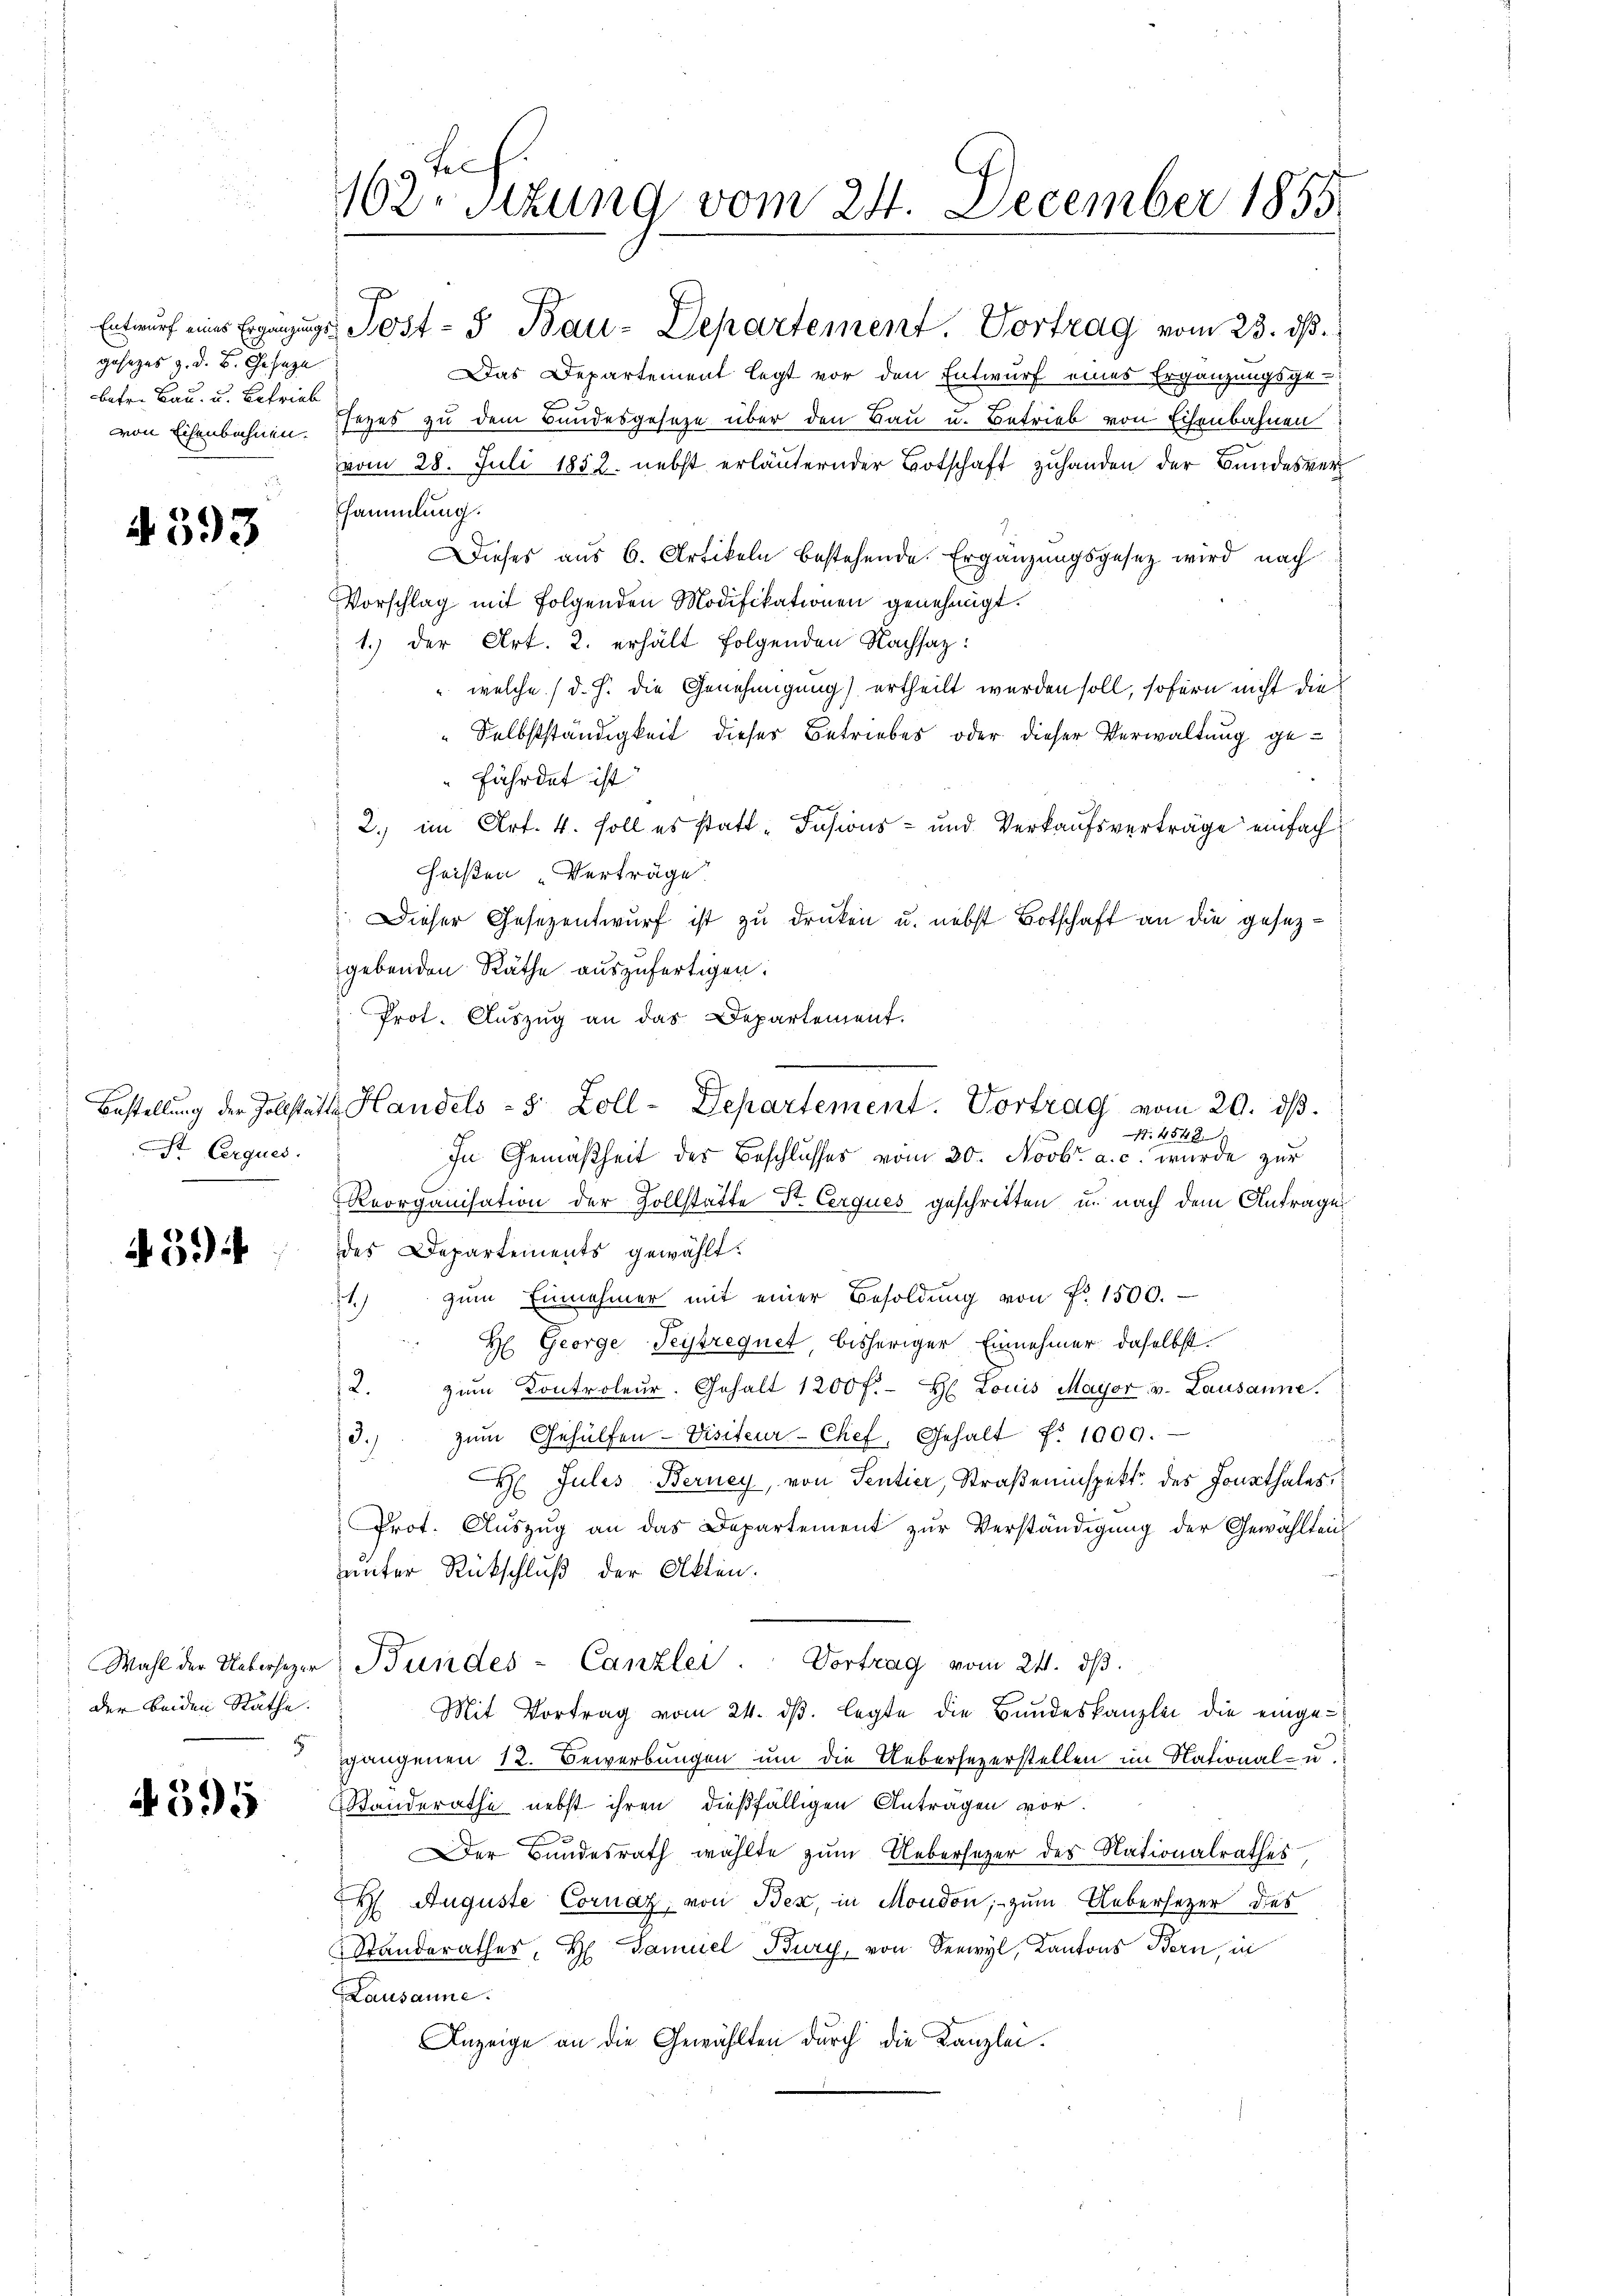
.
gesezes z. d. B. Geseze
betr. Bau- u. Betrieb

4393

St. Cerques.

4594

der beiden Rathe.

595

Esammlung.
Dieses aus 6. Artikeln bestehende Ergänzungsgesez wird nach
Vorschlag mit folgenden Modifikationen genehmigt.
1.) Der Art. 2. erhält folgenden Nachsaz:
 welche (d. h. die Genehmigung ertheilt werden soll, sofern nicht die
" Selbstständigkeit dieser Betriebes oder dieser Verwaltung gefährdet ist
2. im Art. 4. soll es statt-Dasions- und Verkaufsverträge einfach
heißen Verträge
Dieser Gesezentwurf ist zu drucken u. nebst Botschaft an die gesezgebenden Räthe auszufertigen.
Prot. Auszug an das Departement.
1.4548.
In Gemäßheit des Beschlusses vom 20. Novbr. a. c. wurde zur
Reorganisation der Zollstätte Str. Cerques geschritten u. nach dem Antrages
des Departements gewählt.
1) zŭm Einnahmer mit einer Besoldŭng von Fr. 1500.
H George Seytrequet bisheriger Einnehmer daselbst.
2. zŭm Kontroleur. Gehalt 1200 f. H. Louis Mayor v. Lausanne.
d.) zŭm Gehülfen-Visiteur-Chef, Gehalt Nr. 1000.
H Julis Berney, von Sentier, Straßeninspekt des Jonathales
Prot. Aŭszŭg an das Departement zur Verständigung der Gewähltenunter Rückschluß der Akten.
Wahl der Uebersezer: Bundes-Canzlei. Vortrag vom 24. ds.
Mit Vortrag vom 24. dβ. legte die Bundeskanzlei die einge-
gangenen 12. Bewerbungen um die Uebersezerstellen im National- u.
Standerathe nebst ihren dießfälligen Anträgen vor.
Der Bundesrath wählte zum Uebersezer des Nationalrathes,
H. Auguste Cornaz, von Bex, in Moudon, zum Uebersezer des
Standerather, H. Samuel Bury, von Serwyl, Kantons Bern, in
 Lausanne.
Anzeige an die Gewählten durch die Kanzlei.

Fel
162. Stzung vom 24. December 1855

Bestellung der Zollstätte Handels- 8 Zoll-Departement. Vortrag vom 20. ds.

Entwurf eines Ergänzung Post- u Bau-Departement. Vortrag vom 23. ds.
Das Departement legt vor den Entwurf eines Ergänzungsge-
von Eisenbahnen. Isizes zu dem Bundesgeseze über den Bau u. Betrieb von Eisenbahnen
vom 28. Juli 1852. nebst erläuternder Botschaft zuhanden der Bundesver¬